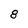
Character: 8